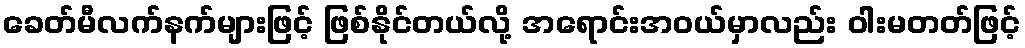
ခေတ်မီလက်နက်များဖြင့် ဖြစ်နိုင်တယ်လို့ အရောင်းအဝယ်မှာလည်း ဝါးမတတ်ဖြင့်